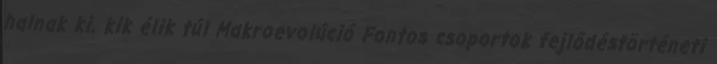
halnak ki, kik élik túl Makroevolúció Fontos csoportok fejlődéstörténeti